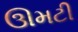
ઊમટી